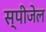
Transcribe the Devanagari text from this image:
स्पीजेल